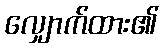
လျှောက်ထား၏